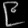
Digit: ၉